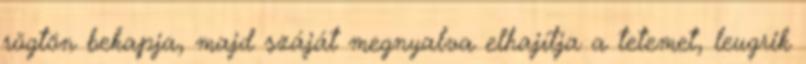
rögtön bekapja, majd száját megnyalva elhajítja a tetemet, leugrik